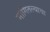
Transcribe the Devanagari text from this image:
मागितल्याचा